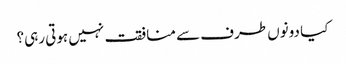
کیا دونوں طرف سے منافقت نہیں ہوتی رہی؟